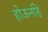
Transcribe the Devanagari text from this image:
होऊनहि